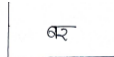
मजकूर: बर